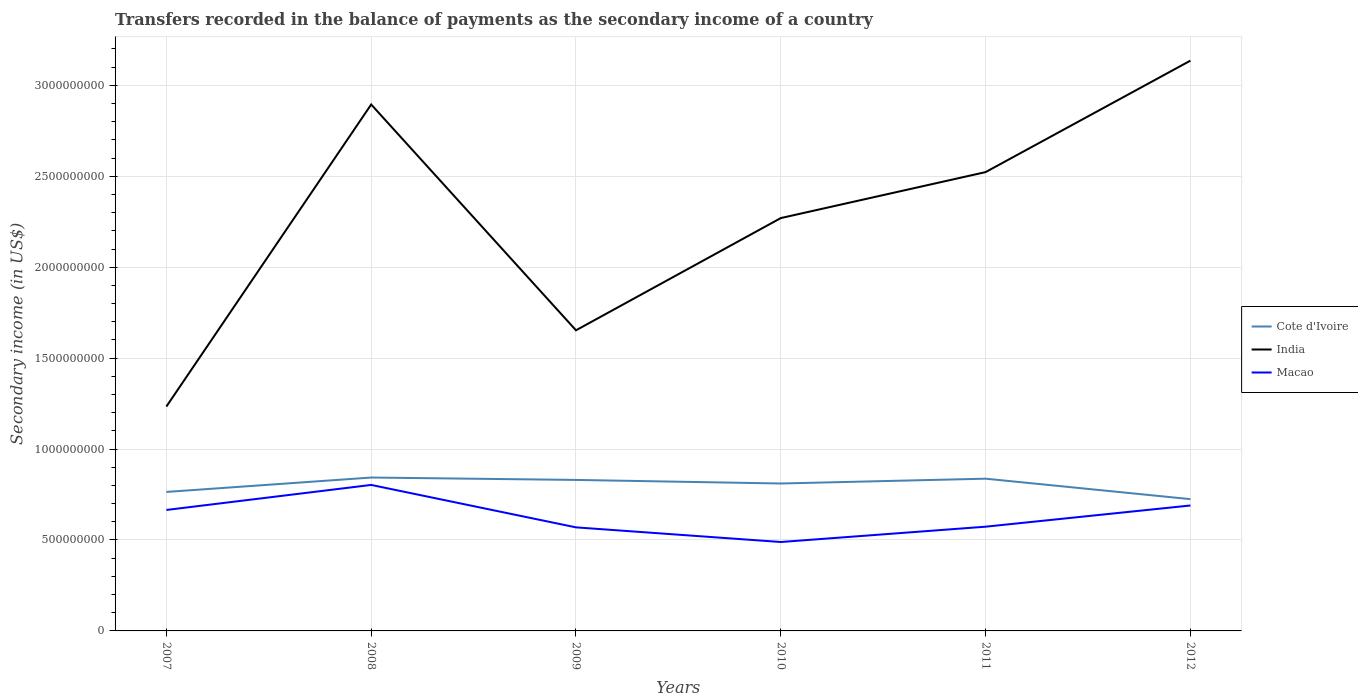
| Years | Cote d'Ivoire | India | Macao |
 | --- | --- | --- | --- |
 | 2007 | 7.64e+08 | 1.23e+09 | 6.65e+08 |
 | 2008 | 8.43e+08 | 2.89e+09 | 8.03e+08 |
 | 2009 | 8.3e+08 | 1.65e+09 | 5.69e+08 |
 | 2010 | 8.11e+08 | 2.27e+09 | 4.89e+08 |
 | 2011 | 8.37e+08 | 2.52e+09 | 5.73e+08 |
 | 2012 | 7.25e+08 | 3.14e+09 | 6.9e+08 |